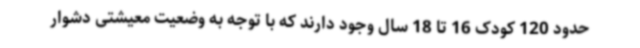
حدود 120 کودک 16 تا 18 سال وجود دارند که با توجه به وضعیت معیشتی دشوار